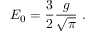
E _ { 0 } = \frac { 3 } { 2 } \frac { g } { \sqrt { \pi } } \ .